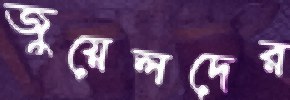
জুয়েলদের